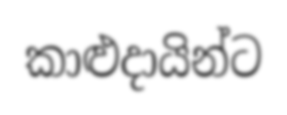
කාළුදායින්ට